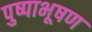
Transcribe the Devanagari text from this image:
पुष्पाभूषण